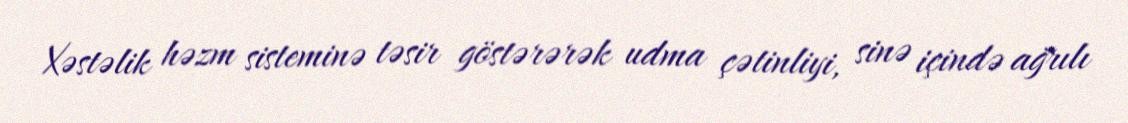
Xəstəlik həzm sisteminə təsir göstərərək udma çətinliyi, sinə içində ağrılı